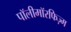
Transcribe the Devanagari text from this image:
पॉलीमॉरफिज़्म